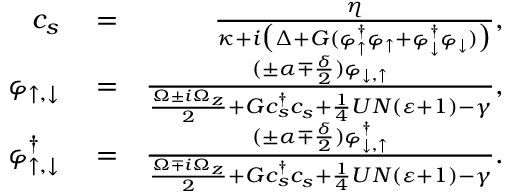
\begin{array} { r l r } { c _ { s } } & { { } = } & { \frac { \eta } { \kappa + i \big ( \Delta + G ( \varphi _ { \uparrow } ^ { \dag } \varphi _ { \uparrow } + \varphi _ { \downarrow } ^ { \dag } \varphi _ { \downarrow } ) \big ) } , } \\ { \varphi _ { \uparrow , \downarrow } } & { { } = } & { \frac { ( \pm \alpha \mp \frac { \delta } { 2 } ) \varphi _ { \downarrow , \uparrow } } { \frac { \Omega \pm i \Omega _ { z } } { 2 } + G c _ { s } ^ { \dag } c _ { s } + \frac { 1 } { 4 } U N ( \varepsilon + 1 ) - \gamma } , } \\ { \varphi _ { \uparrow , \downarrow } ^ { \dag } } & { { } = } & { \frac { ( \pm \alpha \mp \frac { \delta } { 2 } ) \varphi _ { \downarrow , \uparrow } ^ { \dag } } { \frac { \Omega \mp i \Omega _ { z } } { 2 } + G c _ { s } ^ { \dag } c _ { s } + \frac { 1 } { 4 } U N ( \varepsilon + 1 ) - \gamma } . } \end{array}